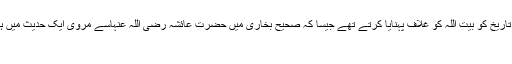
اس کا ایک جواب تو یہ ہوسکتا ہے کہ وہ ہر سال ماہِ محرم کی اس تاریخ کو بیت اللہ کو غلاف پہنایا کرتے تھے جیسا کہ صحیح بخاری میں حضرت عائشہ رضی اللہ عنہاسے مروی ایک حدیث میں ہے (بخاری؛۱۵۸۲) لیکن اس پر پھر یہ سوال پیدا ہوتا ہے کہ قریش
غلافِ کعبہ کے لئے یہی دن کیوں خاص کرتے تھے؟